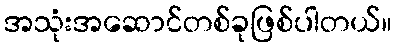
အသုံးအဆောင်တစ်ခုဖြစ်ပါတယ်။